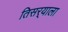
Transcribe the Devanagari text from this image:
तिसर्‍याला